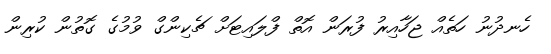
ހެނދުނު ހަތެއް ޖަހާއިރު ފުރަން އޮތް ފްލައިޓަށް ޗެކިންގް ވުމުގެ ގޮތުން ކުރިން